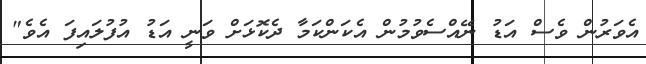
އެވަރުން ވެސް އަޑު ނޭއްސެވުމުން އެކަންކަމާ ދެކޮޅަށް ވަނީ އަޑު އުފުލައިފަ އެވެ"